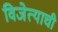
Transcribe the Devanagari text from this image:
विजेत्याची